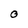
Character: 0